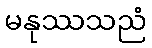
မနုဿသညံ